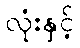
လုံးနှင့်